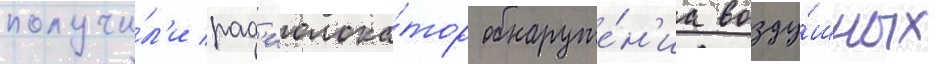
получи́л'и рад'иолока́тор обнаруже́н'иа возду́шных